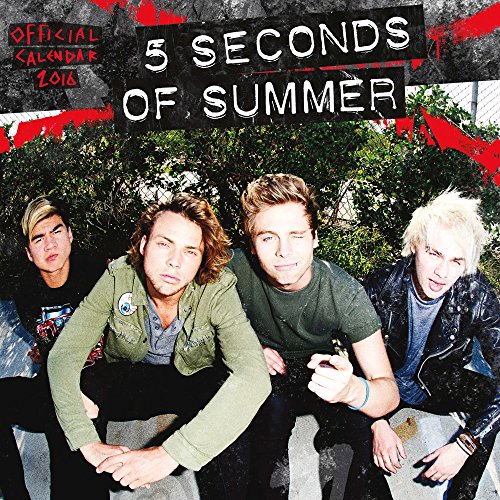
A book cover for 5 Seconds of Summer 2016 Square 12x12 Bravado; Browntrout Publishers; Arts & Photography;